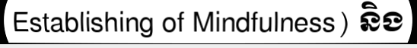
Establishing of Mindfulness) និង